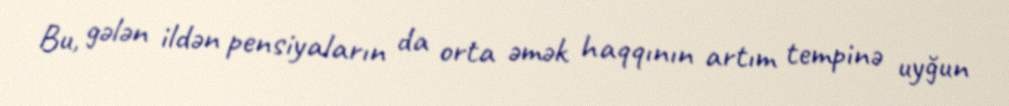
Bu, gələn ildən pensiyaların da orta əmək haqqının artım tempinə uyğun